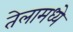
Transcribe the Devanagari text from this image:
तेलामध्ये